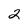
Character: 2